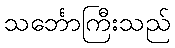
သင်္ဘောကြီးသည်